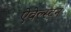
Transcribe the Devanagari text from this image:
ऐवेल्स्टन